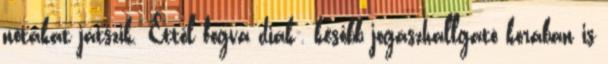
nótákat játszik. Ettől fogva diák-, később jogászhallgató korában is